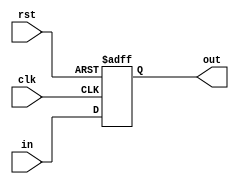
    module bit_53_reg (in , clk , rst , out);
input [52:0]in;
input clk;
input rst;
output reg [52:0]out;
always@(posedge rst or posedge clk)
begin
    if(rst)
        out <= 53'b 0000_0000_0000_0000_0000_0000_0000_0000_0000_0000_0000_0000_0000_0;
    else
        out <= in;
end
endmodule